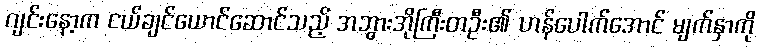
ဂျင်းနော့က ငယ်ချင်ယောင်ဆောင်သည့် အဘွားအိုကြီးတဦး၏ ဟန်ပေါက်အောင် မျက်နှာကို